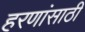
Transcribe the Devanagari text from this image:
हरणांसाठी